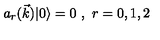
a _ { r } ( \vec { k } ) | 0 \rangle = 0 \ , \ r = 0 , 1 , 2